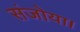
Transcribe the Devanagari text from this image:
संजोया।